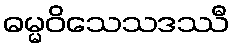
ဓမ္မဝိသေသဒဿီ